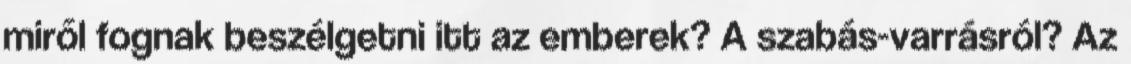
miről fognak beszélgetni itt az emberek? A szabás-varrásról? Az